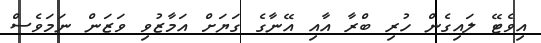
އިވެޓޭ ލައިގެން ހުރި ބްރާ އާއި އޭނާގެ ގަޔަށް އަމާޒުވި ވަޒަން ނަމަވެސް